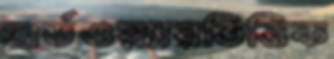
হার্ডওয়্যারভিত্তিক